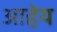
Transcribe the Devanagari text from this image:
आहेय